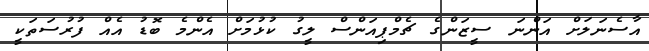
އާސެނަލަށް އަންނަ ސީޒަންގެ ޗެމްޕިއަންސް ލީގު ކުޅުމަށް އެންމެ ބޮޑު އެއް ފުރުސަތަކީ